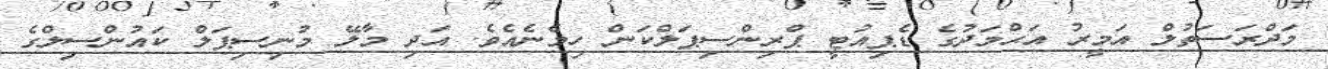
މަދްރަސަތުލް އަމީރު އަޙްމަދުގެ ޑެޕިއުޓީ ޕްރިންސިޕަލްކަން ހިމެނެއެވެ. އަދި މާލޭ މުނިސިޕަލް ކައުންސިލްގެ